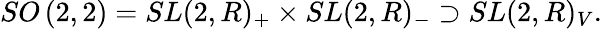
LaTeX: {SO}\left(2,2\right)={SL}(2,R)_{+}\times{SL}(2,R)_{-}\supset{SL}(2,R)_{V}.